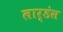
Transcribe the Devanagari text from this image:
लार्डंस